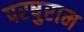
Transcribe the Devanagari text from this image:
परषुराम